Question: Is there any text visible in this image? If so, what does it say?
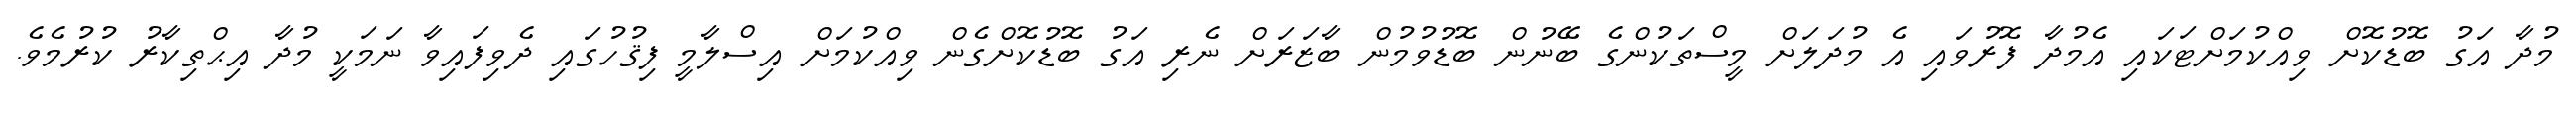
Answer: މުދާ އަގު ބޮޑުކޮށް ވިއްކުމަށްޓަކައި އެމުދާ ފޮރުވައި އެ މުދަލަށް މީސްތަކުންގެ ބޭނުން ބޮޑުވުމުން ބާޒަރަށް ނެރި އަގު ބޮޑުކޮށްގެން ވިއްކުމަށް އިސްލާމީ ފިޤުހުގައި ދެވިފައިވާ ނަމަކީ މުދާ އިޙްތިކާރު ކުރުމެވެ.